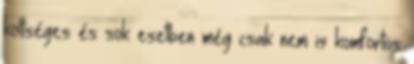
költséges és sok esetben még csak nem is komfortos